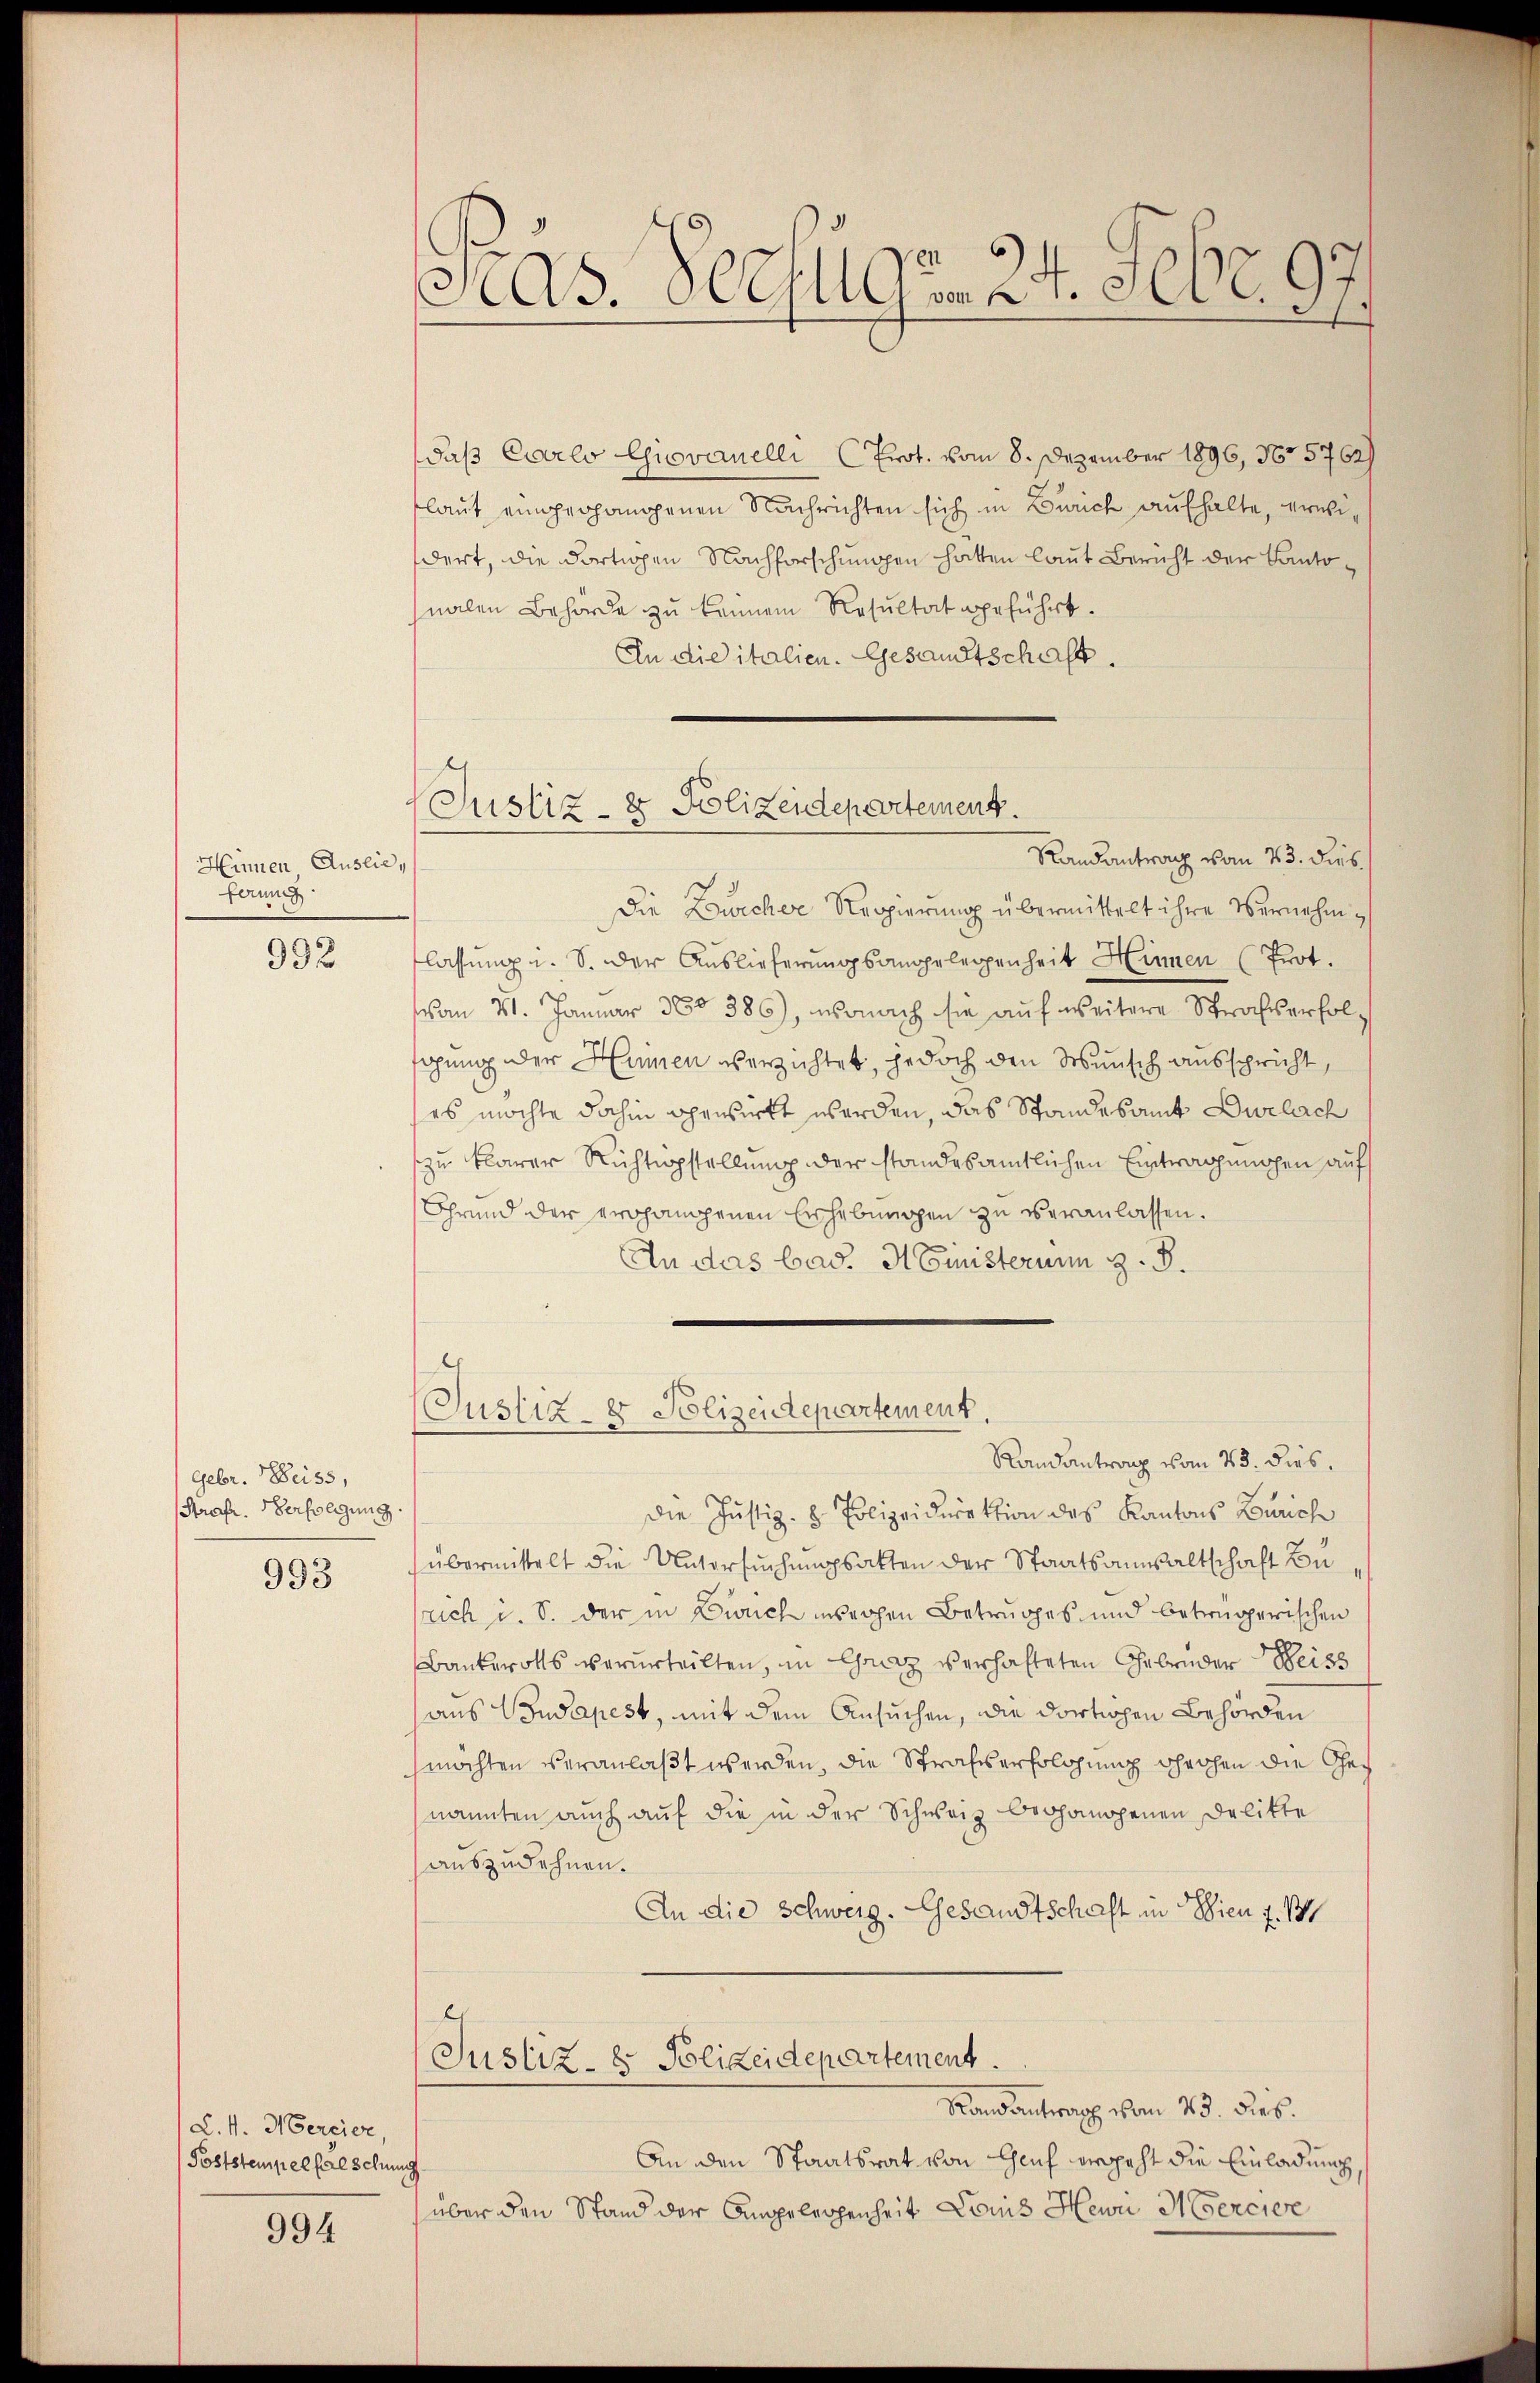
Hinnen Auslieferung

992

Gebr. Beiss,
Strafr. Verfolgung.
993

L. 4. Mercier
Poststempel falschun

994

Pras. Verfuga, 24. Febr. 97

daß Carlo Giovanelli (Prot. vom 8. Dezember 1896, No 5762)
laut eingegangenen Nachrichten sich in Zürich aufhalte, erwidert, die dortigen Nachforschungen hatten laut Bericht der Cantonalen Behörde zu kennen Resultat geführt.
An die italien. Gesandtschaft.
Randantrag vom 23. dies
Die Lourcher Regierung übermittelt ihre Vernahmlassung u. S. der Auslieferungsangelegenheit Hinnen (Prot.
von 21. Januar 300 386), wonach sie auf weitere Strafserfolgung der Hunnen verzichtet, jedoch den Wunsch ausspricht,
es möchte dahin bewirkt worden, das Standesamt Dirlich
zu klarer Richtigstellung der standesamtlichen Eintragungen auf
Grund der erhandenen Erhebungen zu veranlassen.
An das bad. H. Einisterium z. B.

Justiz- & Polizeidepartement.

(Justiz- & Polizeidepartement.

Randantrag vom 23. dies.
Die Justiz- & Polizeidirektion des Kantons Zürich
übermittelt die Untersuchungsakten der Staatsanwaltschaft Busrich u. S. der in Zürich wegen Betruges und betrügerischen
Bankerotts verurteilten, in Graz verhafteten Gebrüder Weiss
aus Budapest, mit dem Ansuchen, die dortigen Behörden
möchten veranlaßt werden, die Strafserfolgung drohen die Genannten auch auf die in der Schweiz behandenen Delikte
auszudehnen.
An die Schweiz. Gesandtschaft in Wien z. B.
Justiz- & Polizeidepartement.
Randantrag vom 23. dies.
An den Staatsrat von Gluch vergeht die Einladung
.
über den Stand der Angelegenheit Louis Heuri Mercier